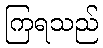
ကြရသည်